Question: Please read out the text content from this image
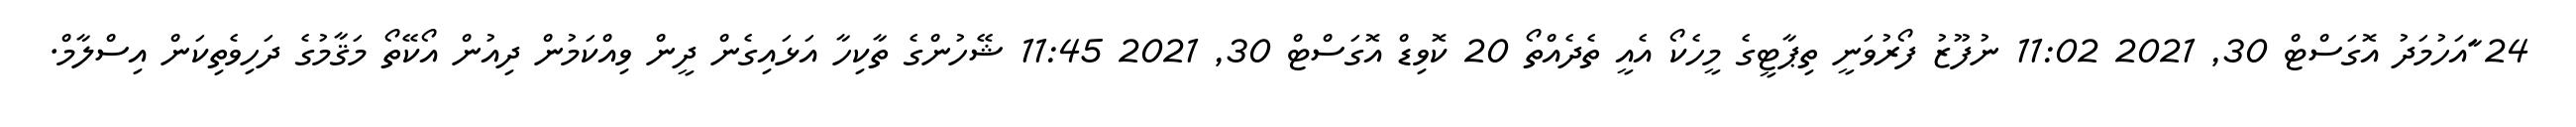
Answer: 24 ާައަހުމަދު އޮގަސްޓް 30, 2021 11:02 ނުފޫޒު ފޯރުވަނީ ތިޕާޓީގެ މީހެކޯ އެއީ ތެދެއްތޯ 20 ކޮވިޑް އޮގަސްޓް 30, 2021 11:45 ޝޭހުންގެ ތާކިހާ އަޅައިގެން ދީން ވިއްކަމުން ދިއުން އޯކޭތޯ މަޤާމުގެ ދަހިވެތިކަން އިސްލާމް.